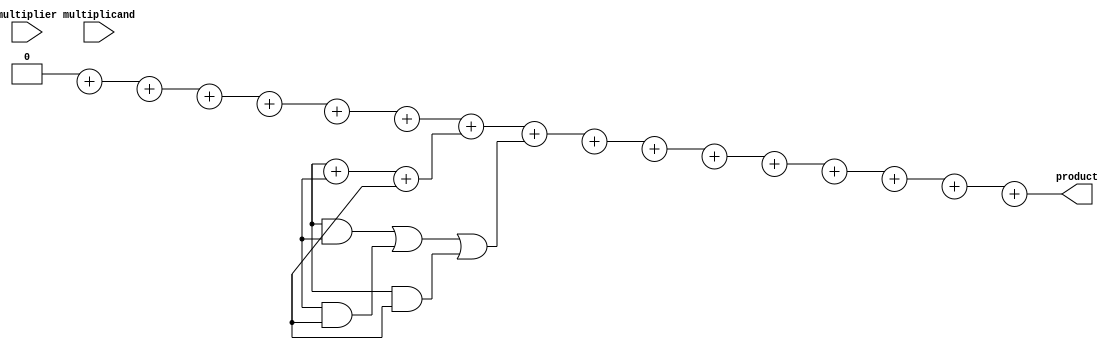
module booth_wallace_multiplier #(
    parameter WIDTH = 8 // Bit width for the operands
)(
    input signed [WIDTH-1:0] multiplicand,
    input signed [WIDTH-1:0] multiplier,
    output reg signed [2*WIDTH-1:0] product
);

    // Booth encoding
    reg [WIDTH+1:0] booth_multiplier; // Extra bit for Booth encoding
    reg [WIDTH-1:0] partial_products [0:WIDTH]; // Partial products array
    integer i;

    // Generate Booth encoded multiplier
    always @(*) begin
        booth_multiplier = {1'b0, multiplier}; // Append an extra 0 bit
        for (i = 0; i < WIDTH; i = i + 1) begin
            case (booth_multiplier[i+1:i])
                2'b00: partial_products[i] = 0; // 0
                2'b01: partial_products[i] = multiplicand; // +1 * M
                2'b10: partial_products[i] = -multiplicand; // -1 * M
                2'b11: partial_products[i] = 0; // 0
            endcase
        end
    end

    // Wallace tree reduction
    wire [2*WIDTH-1:0] sum [0:WIDTH/2]; // Sums for Wallace tree
    wire [WIDTH:0] carry [0:WIDTH/2]; // Carries for Wallace tree

    // Initialize the first stage of the Wallace tree
    always @(*) begin
        for (i = 0; i < WIDTH; i = i + 1) begin
            sum[0][i] = partial_products[i];
            carry[0][i] = 0;
        end
    end

    // Wallace tree reduction stages
    genvar j;
    generate
        for (j = 0; j < WIDTH/2; j = j + 1) begin : reduction_stage
            wire [2*WIDTH-1:0] a, b, c;
            assign a = sum[j][3*j + 0];
            assign b = sum[j][3*j + 1];
            assign c = sum[j][3*j + 2];

            // Full adder logic
            assign sum[j+1][j] = a + b + c;
            assign carry[j+1][j] = (a & b) | (b & c) | (a & c);
        end
    endgenerate

    // Final addition stage
    always @(*) begin
        product = 0;
        for (i = 0; i < WIDTH; i = i + 1) begin
            product = product + sum[WIDTH/2][i] + carry[WIDTH/2][i];
        end
    end

endmodule